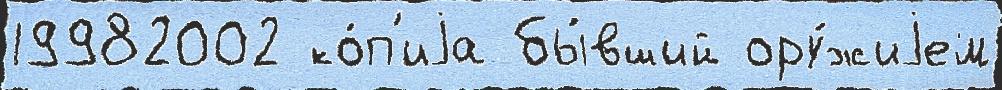
19982002 ко́п'иjа бы́вший ору́жиjем